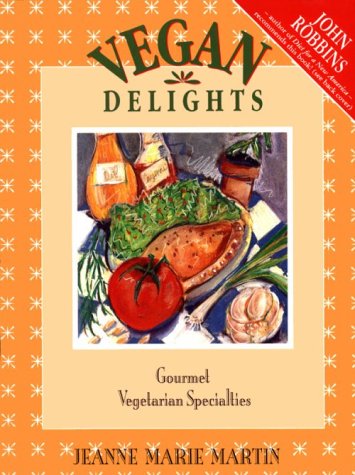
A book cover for Vegan Delights: Gourmet Vegetarian Specialties; Jeanne Marie Martin; Health, Fitness & Dieting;